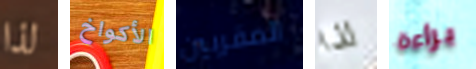
لذا الأكواخ المقربين لذا براءة